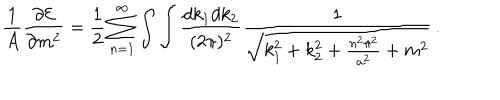
{ \frac { 1 } { A } } { \frac { \partial { \cal E } } { \partial m ^ { 2 } } } = { \frac { 1 } { 2 } } \sum _ { n = 1 } ^ { \infty } \int \int { \frac { d k _ { 1 } d k _ { 2 } } { ( 2 \pi ) ^ { 2 } } } { \frac { 1 } { \sqrt { k _ { 1 } ^ { 2 } + k _ { 2 } ^ { 2 } + { \frac { n ^ { 2 } \pi ^ { 2 } } { a ^ { 2 } } } + m ^ { 2 } } } } \, .